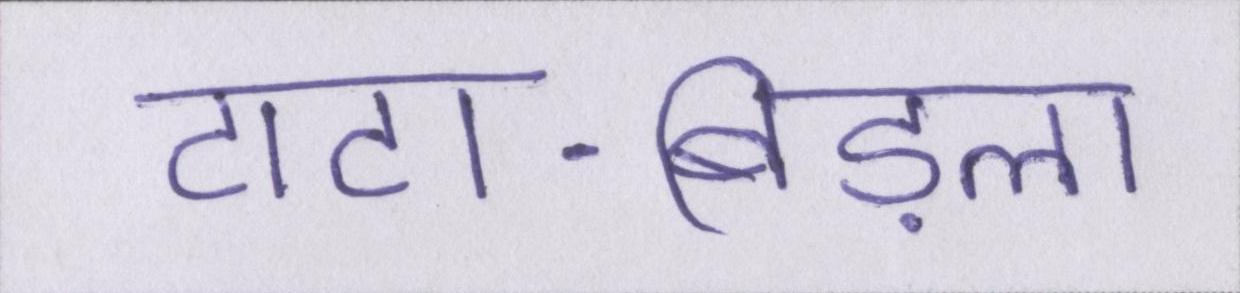
टाटा-बिड़ला